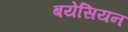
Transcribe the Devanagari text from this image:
बयेसियन